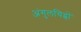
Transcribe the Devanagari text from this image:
अंगुलचिह्नों